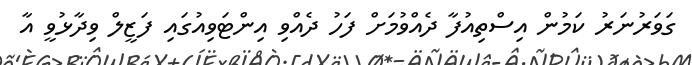
ގަވަރުނަރު ކަމުން އިސްތިއުފާ ދެއްވުމަށް ފަހު ދެއްވި އިންޓަވިއުގައި ފަޒީލް ވިދާޅުވީ އާ